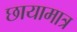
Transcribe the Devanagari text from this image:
छायामात्र